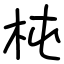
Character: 杶